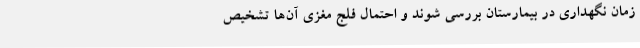
زمان نگهداری در بیمارستان بررسی شوند و احتمال فلج مغزی آن‌ها تشخیص